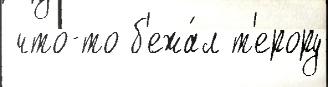
 что-то б'ежа́л т'ерору